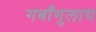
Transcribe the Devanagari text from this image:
गर्बांगुलाय